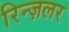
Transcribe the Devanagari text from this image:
रिन्ज़लर